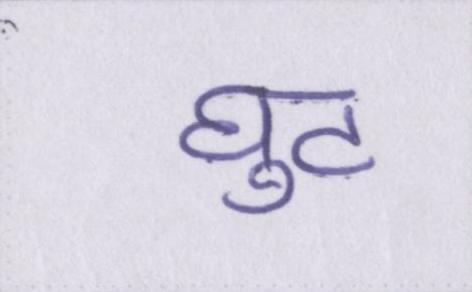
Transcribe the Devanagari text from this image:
घुट